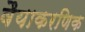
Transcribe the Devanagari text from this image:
वैयाकरणिक